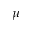
\mu